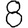
Digit: 8